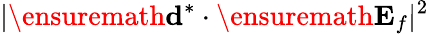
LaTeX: |\ensuremath{\mathbf{d}}^{*}\cdot\ensuremath{\mathbf{E}_{f}}|^{2}